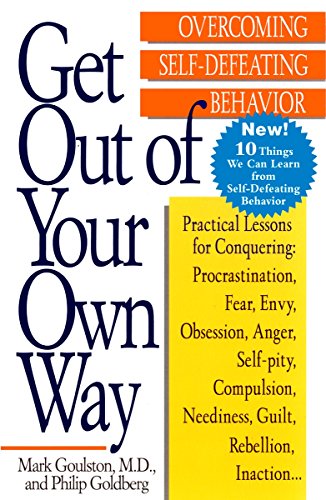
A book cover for Get Out of Your Own Way: Overcoming Self-Defeating Behavior; Mark Goulston; Health, Fitness & Dieting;